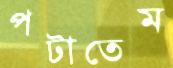
পটাতেম